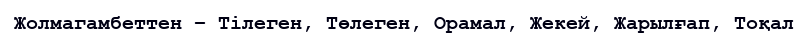
Жолмагамбеттен – Тілеген, Төлеген, Орамал, Жекей, Жарылғап, Тоқал